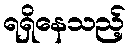
ရရှိနေသည့်